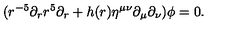
( r ^ { - 5 } \partial _ { r } r ^ { 5 } \partial _ { r } + h ( r ) \eta ^ { \mu \nu } \partial _ { \mu } \partial _ { \nu } ) \phi = 0 .